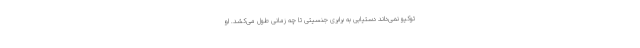
توکیو نمی‌داند دستیابی به برابری جنسیتی تا چه زمانی طول می‌کشد. او